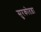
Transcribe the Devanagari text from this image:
सुरकोतड़ा